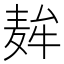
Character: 𮮇